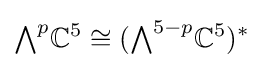
{\textstyle \bigwedge }^{p}\mathbb {C} ^{5}\cong ({\textstyle \bigwedge }^{5-p}\mathbb {C} ^{5})^{*}